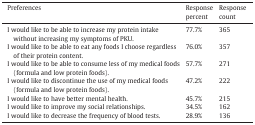
| Preferences | Response percent | Response count |
 | --- | --- | --- |
 | I would like to be able to increase my protein intake without increasing my symptoms of PKU. | 77.7% | 365 |
 | I would like to be able to eat any foods I choose regardless of their protein content. | 76.0% | 357 |
 | I would like to be able to consume less of my medical foods (formula and low protein foods). | 57.7% | 271 |
 | I would like to discontinue the use of my medical foods (formula and low protein foods). | 47.2% | 222 |
 | I would like to have better mental health. | 45.7% | 215 |
 | I would like to improve my social relationships. | 34.5% | 162 |
 | I would like to decrease the frequency of blood tests. | 28.9% | 136 |